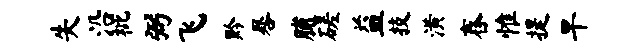
失沿枇弼飞黔晷脯磋益技潢舂惟提旱